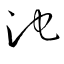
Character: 池